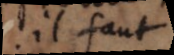
il faut